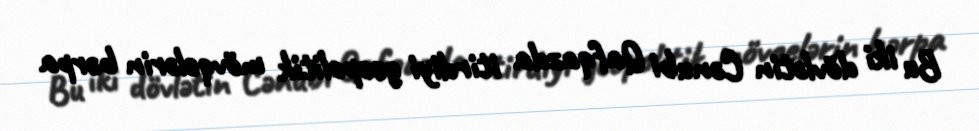
Bu iki dövlətin Cənubi Qafqazda itirdiyi geopolitik mövqelərin bərpa